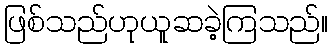
ဖြစ်သည်ဟုယူဆခဲ့ကြသည်။